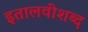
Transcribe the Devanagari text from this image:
इतालवीशब्द